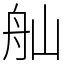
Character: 舢